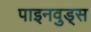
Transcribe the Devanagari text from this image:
पाइनवुड्स